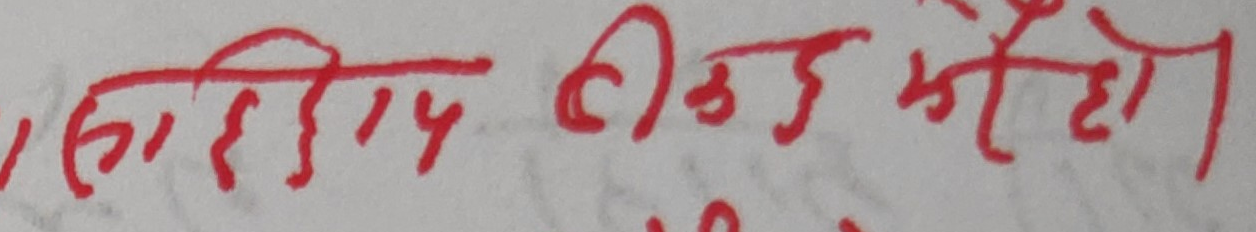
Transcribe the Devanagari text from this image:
सही टिण्डु हो ।